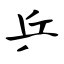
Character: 乒